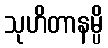
သုဟိတာနမ္ပိ